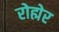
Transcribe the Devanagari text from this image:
रोह्मेर